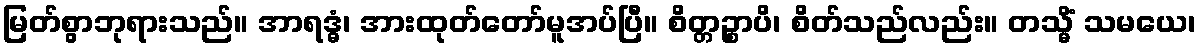
မြတ်စွာဘုရားသည်။ အာရဒ္ဓံ၊ အားထုတ်တော်မူအပ်ပြီ။ စိတ္တဉ္စာပိ၊ စိတ်သည်လည်း။ တသ္မိံ သမယေ၊